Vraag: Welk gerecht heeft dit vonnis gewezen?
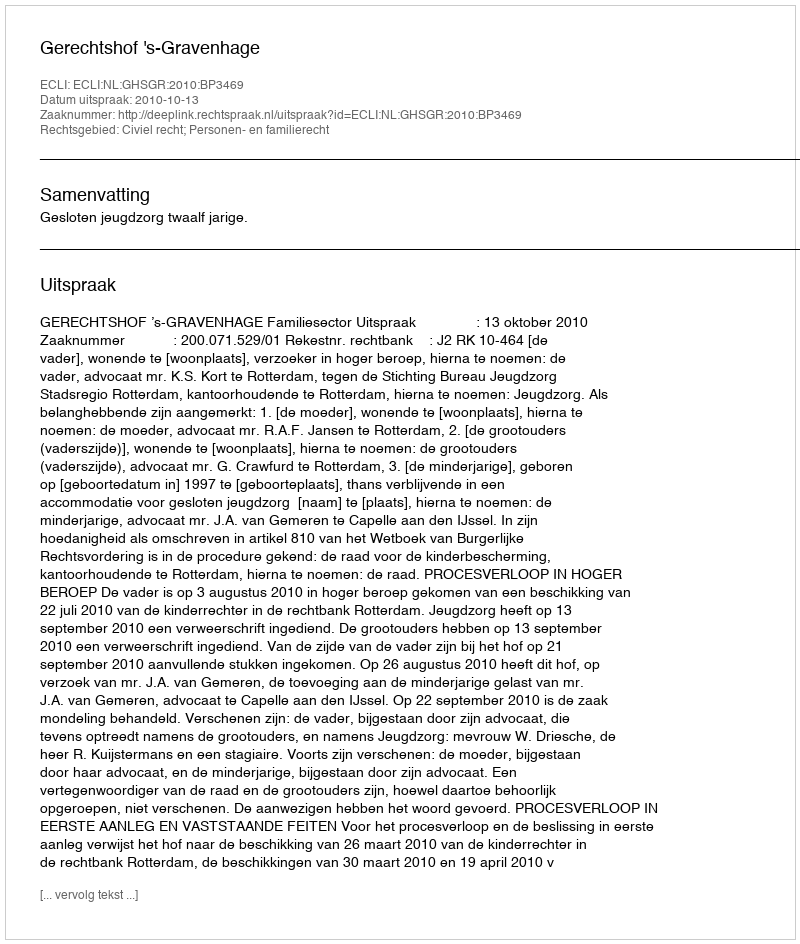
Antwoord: Gerechtshof 's-Gravenhage